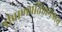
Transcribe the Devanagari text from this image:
श्रीप्राणप्रतिष्ठामंत्रस्य